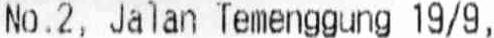
NO.2, JALAN TEMENGGUNG 19/9,